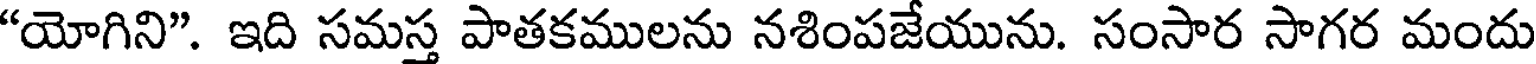
"యోగిని". ఇది సమస్త పాతకములను నశింపజేయును. సంసార సాగర మందు